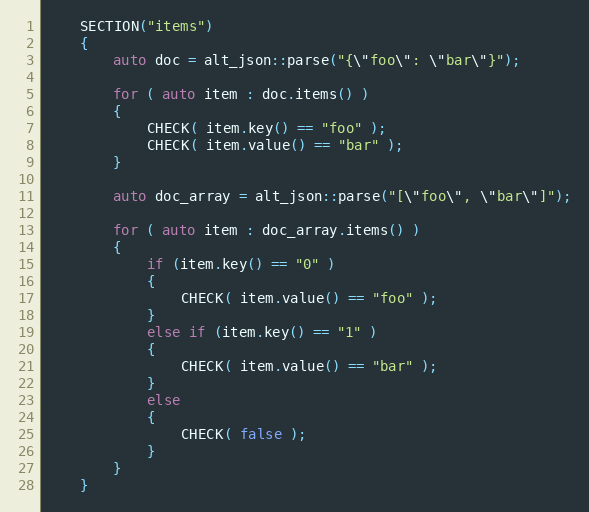
Language: C++
    SECTION("items")
    {
        auto doc = alt_json::parse("{\"foo\": \"bar\"}");

        for ( auto item : doc.items() )
        {
            CHECK( item.key() == "foo" );
            CHECK( item.value() == "bar" );
        }

        auto doc_array = alt_json::parse("[\"foo\", \"bar\"]");

        for ( auto item : doc_array.items() )
        {
            if (item.key() == "0" )
            {
                CHECK( item.value() == "foo" );
            }
            else if (item.key() == "1" )
            {
                CHECK( item.value() == "bar" );
            }
            else
            {
                CHECK( false );
            }
        }
    }